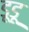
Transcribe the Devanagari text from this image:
डूडू